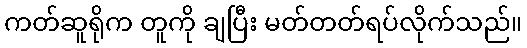
ကတ်ဆူရိုက တူကို ချပြီး မတ်တတ်ရပ်လိုက်သည်။